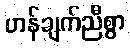
ဟန်ချက်ညီစွာ